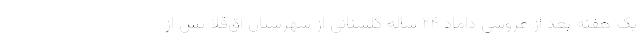
یک هفته بعد از عروسی داماد ۲۴ ساله گلستانی از شهرستان آق‌قلا پس از